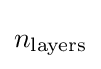
n_{\text{layers}}